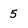
Character: 5